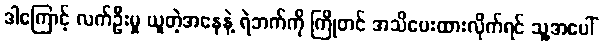
ဒါကြောင့် လက်ဦးမှု ယူတဲ့အနေနဲ့ ရဲဘက်ကို ကြိုတင် အသိပေးထားလိုက်ရင် သူ့အပေါ်